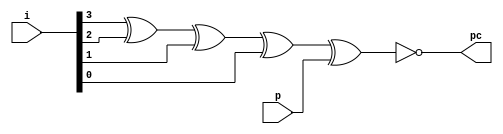
`timescale 1ns / 1ps
//////////////////////////////////////////////////////////////////////////////////
// Company: 
// Engineer: 
// 
// Design Name: 
// Module Name:    odd_p_check_4bit 
// Project Name: 
// Target Devices: 
// Tool versions: 
// Description: 
//
// Dependencies: 
//
// Revision: 
// Revision 0.01 - File Created
// Additional Comments: 
//
//////////////////////////////////////////////////////////////////////////////////
module odd_p_check_4bit(pc, i, p );
	input [3:0]i;
	input p;
	output pc;
	
	xnor xnor1(pc, i[3], i[2], i[1], i[0], p);

endmodule